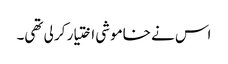
اس نے خاموشی اختیار کر لی تھی۔